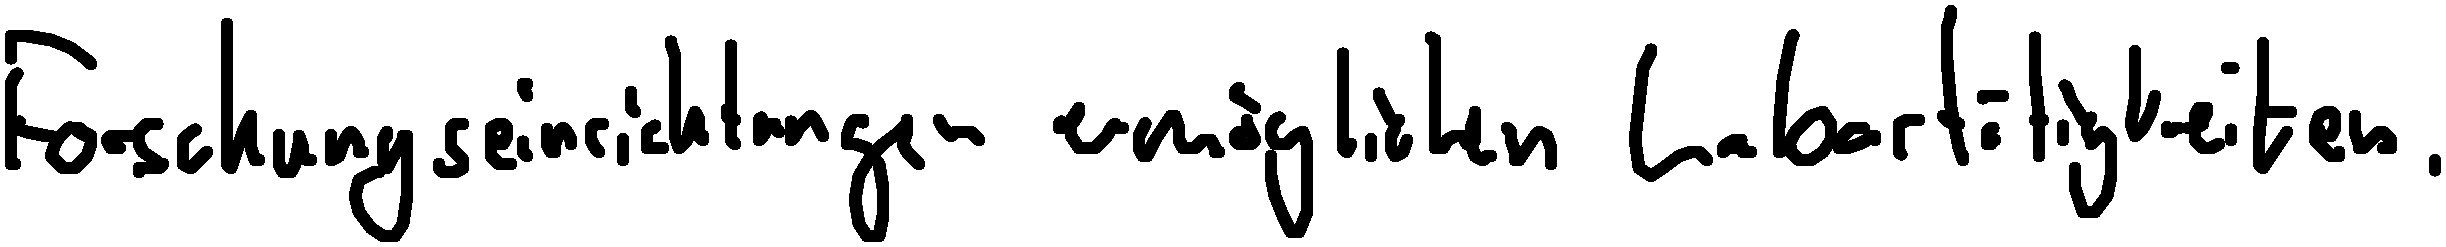
Forschungseinrichtungen ermöglichen Labortätigkeiten.